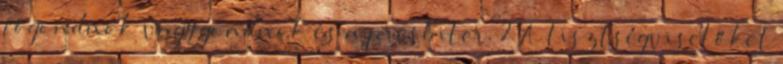
főgondnok vagy gondnok és a presbiter. 2 A tisztségviselőket